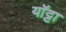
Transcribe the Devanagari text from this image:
यॉट्टा